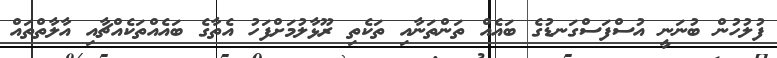
ފުލުހުން ބުނަނީ އުސްފަސްގަނޑުގެ ބައެއް ތަންތަނާއި ތަކެތި ރޫޅާލުމަށްފަހު އެތާގެ ބައެއްތަކެއްޗާއި އާލާތްތައް